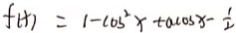
f ( x ) = 1 - \cos ^ { 2 } x + a \cos x - \frac { 1 } { 2 }